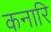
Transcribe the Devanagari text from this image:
कनारि